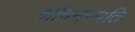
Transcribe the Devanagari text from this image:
श्रीवनस्पति